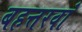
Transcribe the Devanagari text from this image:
बहत्तरवां